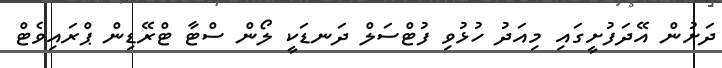
ދަށުން އޭދަފުށީގައި މިއަދު ހުޅުވި ފުޓްސަލް ދަނޑަކީ ލޯން ސްޓާ ޓްރޭޑިން ޕްރައިވެޓް